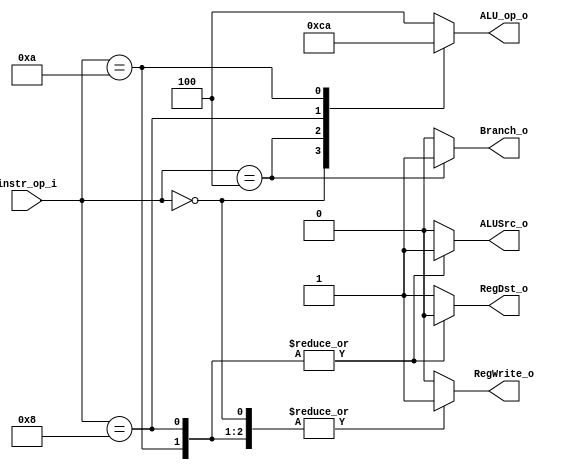
//310512050
//Subject:     CO project 2 - Decoder
//--------------------------------------------------------------------------------
//Version:     1
//--------------------------------------------------------------------------------
//Writer:      Luke
//----------------------------------------------
//Date:        
//----------------------------------------------
//Description: 
//--------------------------------------------------------------------------------
`timescale 1ns/1ps
module Decoder(
    instr_op_i,
	RegWrite_o,
	ALU_op_o,
	ALUSrc_o,
	RegDst_o,
	Branch_o
	);
     
//I/O ports
input  [6-1:0] instr_op_i;

output         RegWrite_o; //
output [3-1:0] ALU_op_o;
output         ALUSrc_o;
output         RegDst_o;
output         Branch_o;
 
//Internal Signals
reg    [3-1:0] ALU_op_o;
reg            ALUSrc_o;
reg            RegWrite_o;
reg            RegDst_o;
reg            Branch_o;

//Parameter
parameter ist_Rtyp = 3'd0;
parameter ist_addi = 3'd1;
parameter ist_slti = 3'd2;
parameter ist_bequ = 3'd3;  
parameter ist_nonn = 3'd4; 
//Main function

always@(*)begin
	case(instr_op_i)
	6'd0,
	6'd8,
	6'd10: RegWrite_o = 1'd1;
	default: RegWrite_o = 1'd0;
	endcase
end

always@(*)begin
	case(instr_op_i)
	6'd8,
	6'd10: ALUSrc_o = 1'd1;
	default: ALUSrc_o = 1'd0;
	endcase
end

always@(*)begin
	case(instr_op_i)
	6'd4: Branch_o = 1'd1;
	default: Branch_o = 1'd0;
	endcase
end

always@(*)begin
	case(instr_op_i)
	6'd8,
	6'd10: RegDst_o = 1'd0;
	default: RegDst_o = 1'd1;
	endcase
end


always@(*)begin
	case(instr_op_i)
	6'd0: ALU_op_o = ist_Rtyp;
	6'd4: ALU_op_o = ist_bequ;
	6'd8: ALU_op_o = ist_addi;
	6'd10: ALU_op_o = ist_slti;
	default: ALU_op_o = ist_nonn;
	endcase
end


endmodule